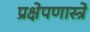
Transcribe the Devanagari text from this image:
प्रक्षेपणास्त्रे